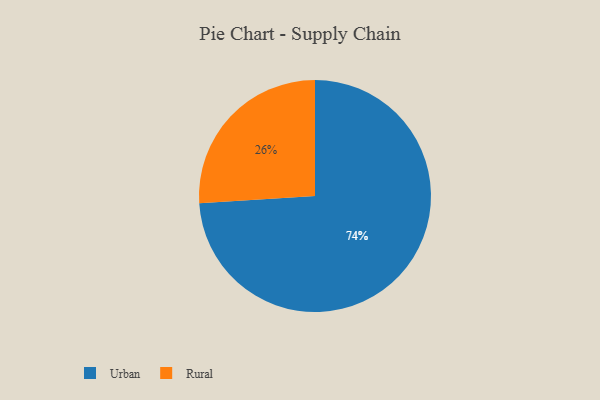
{"axis": {"x": "Category", "y": "Percentage"}, "legend": ["Rural", "Urban"], "data": [{"x": "Rural", "y": 26, "type": "Rural"}, {"x": "Urban", "y": 74, "type": "Urban"}]}